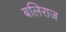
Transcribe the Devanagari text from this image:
बलिराज